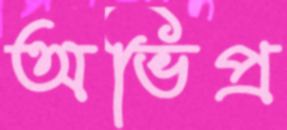
অভিপ্র